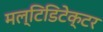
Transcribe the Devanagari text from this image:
मल्टिडिटेक्टर